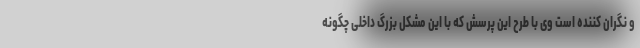
و نگران کننده است وی با طرح این پرسش که با این مشکل بزرگ داخلی چگونه